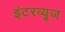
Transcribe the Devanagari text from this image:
इंटरव्यूज